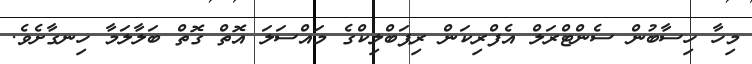
މިހާ ހިސާބުން ސެންޓްރަލް އެފްރިކަން ރިޕަބްލިކްގެ މައްސަލަ އޮތް ގޮތް ބަލާލަމާ ހިނގާށެވެ.